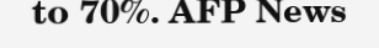
to 70%. AFP News